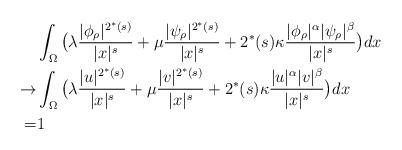
LaTeX: \begin{align*}&\int_\Omega \big(\lambda \frac{|\phi_\rho|^{2^*(s)}}{|x|^s}+\mu \frac{|\psi_\rho|^{2^*(s)}}{|x|^s}+2^*(s)\kappa \frac{|\phi_\rho|^\alpha |\psi_\rho|^\beta}{|x|^s}\big)dx\\\rightarrow&\int_\Omega \big(\lambda \frac{|u|^{2^*(s)}}{|x|^s}+\mu \frac{|v|^{2^*(s)}}{|x|^s}+2^*(s)\kappa \frac{|u|^\alpha |v|^\beta}{|x|^s}\big)dx\\=&1\end{align*}